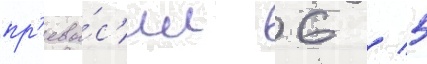
пр'евы́с'ил 6 / 5